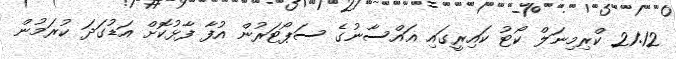
21:12 ކްރިމިނަލް ކޯޓު ކައިރީގައި ޣައްސާނުގެ ސަޕޯޓަރުން އުފާ ފާޅުކޮށް އަޑުގަދަ ކުރަމުން